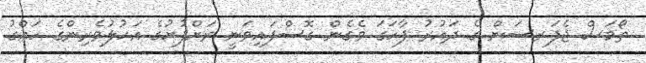
ތޯމަސް ޖެފަރސަން ގެ ދައުރު ފާހަގަ ވެގެން ގޮސްފައިވަނީ ރަށްފުށުގެ އަހުލުވެރިންގެ ހައްގު